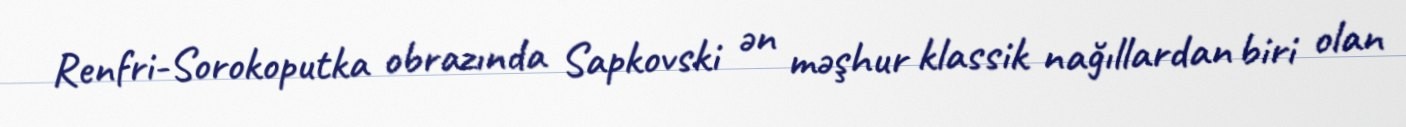
Renfri-Sorokoputka obrazında Sapkovski ən məşhur klassik nağıllardan biri olan